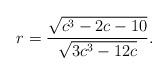
LaTeX: \begin{align*}r=\frac{\sqrt{c^3-2 c-10}}{\sqrt{3 c^3-12 c}}.\end{align*}